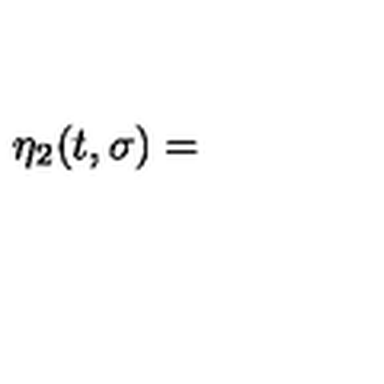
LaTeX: \eta _ { 2 } ( t , \sigma ) =